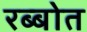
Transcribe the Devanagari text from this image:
रब्बोत